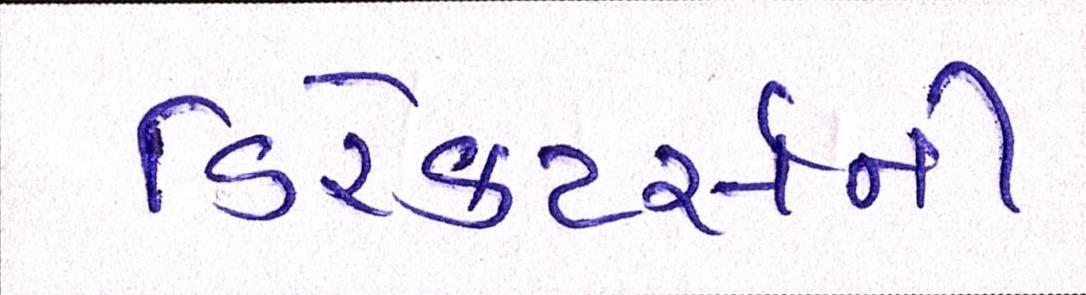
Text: ડિરેક્ટર્સની